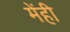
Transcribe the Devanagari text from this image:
मेंही